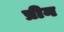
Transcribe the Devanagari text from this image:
प्रीन